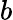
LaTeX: b